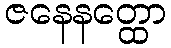
ဇနေနတ္ထော